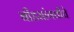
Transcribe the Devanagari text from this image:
बीडसांगवीचे